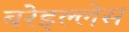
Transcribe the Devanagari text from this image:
बरेइल्लेस